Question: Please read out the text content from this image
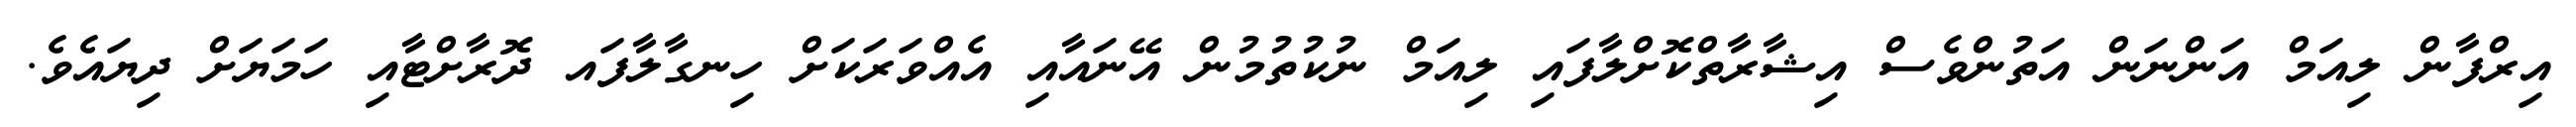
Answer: އިރްފާން ލިއަމް އަންނަން އަތުންވެސް އިޝާރާތްކޮށްލާފައި ލިއަމް ނުކުތުމުން އޭނައާއި އެއްވަރަކަށް ހިނގާލާފައ ދޮރާށްޓާއި ހަމަޔަށް ދިޔައެވެ.